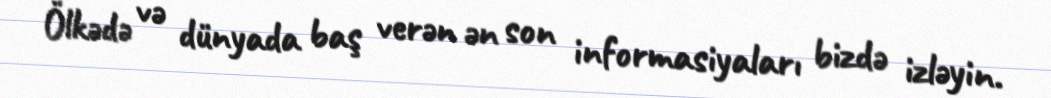
Ölkədə və dünyada baş verən ən son informasiyaları bizdə izləyin.